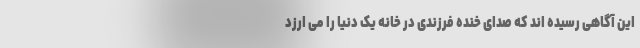
این آگاهی رسیده اند که صدای خنده فرزندی در خانه یک دنیا را می ارزد